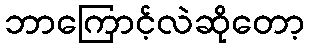
ဘာကြောင့်လဲဆိုတော့